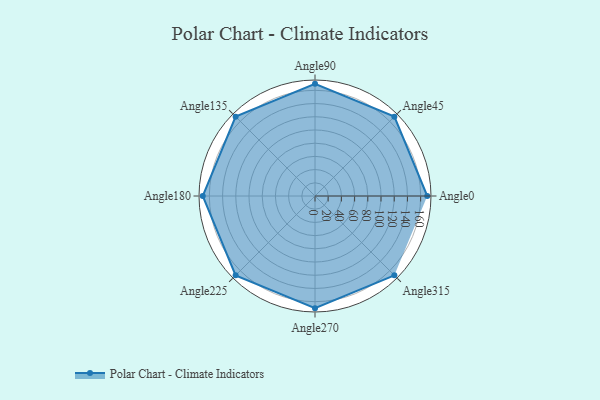
{"axis": {"x": "Angle", "y": "Radius"}, "legend": [""], "data": [{"x": "Angle0", "y": 170, "type": ""}, {"x": "Angle45", "y": 170, "type": ""}, {"x": "Angle90", "y": 170, "type": ""}, {"x": "Angle135", "y": 170, "type": ""}, {"x": "Angle180", "y": 170, "type": ""}, {"x": "Angle225", "y": 170, "type": ""}, {"x": "Angle270", "y": 170, "type": ""}, {"x": "Angle315", "y": 170, "type": ""}]}